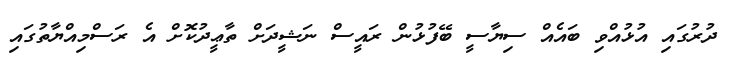
ދުރުގައި އުޅުއްވި ބައެއް ސިޔާސީ ބޭފުޅުން ރައީސް ނަޝީދަށް ތާޢީދުކޮށް އެ ރަސްމިއްޔާތުގައި